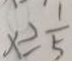
x \geq \frac { 1 } { 5 }